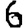
Digit: 6